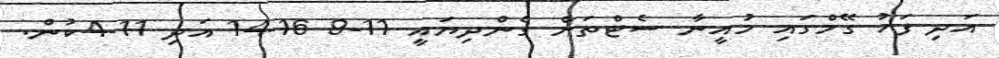
އަދި ފަހު ގޭމްގައި މުއީނާ ސެޓްތަށް ގެންދިޔައީ 11-9 16-14 އަދި 11-4ކުން.